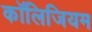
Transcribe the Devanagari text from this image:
कॉलिजियम